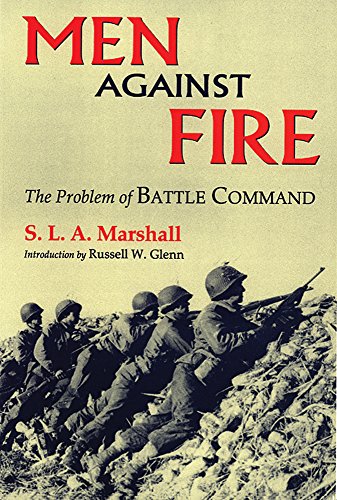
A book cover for Men Against Fire: The Problem of Battle Command; S.L. A. Marshall; Reference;